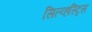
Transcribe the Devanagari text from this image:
सिल्व्हस्ट्रिस